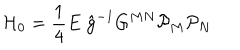
{ \cal H } _ { 0 } = { \frac { 1 } { 4 } } E \; \hat { g } ^ { - 1 } G ^ { M N } { \cal P } _ { M } { \cal P } _ { N }